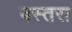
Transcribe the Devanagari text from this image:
वस्तरा